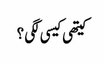
کیتھی کیسی لگی ؟